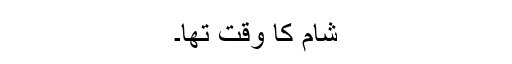
شام کا وقت تھا۔